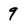
Character: 9